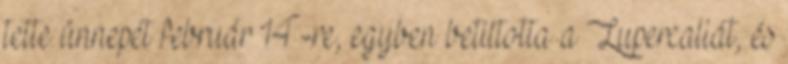
tette ünnepét február 14-re, egyben betiltotta a Lupercaliát, és